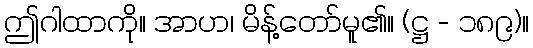
ဤဂါထာကို။ အာဟ၊ မိန့်တော်မူ၏။ (ဋ္ဌ - ၁၈၉)။